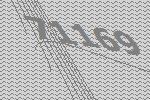
71169